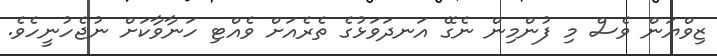
ޒިވްޔަން ވެސް މި ފުންމިން ނެގޭ އަނދަވަޅުގެ ތެރެއަށް ވެއްޓި ހަނާވާކަށް ނުޖެހުނީހެވެ.